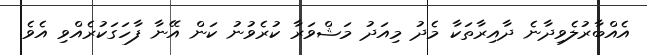
އެއްބާރުލެވިދާނެ ދާއިރާތަކާ މެދު މިއަދު މަޝްވަރާ ކުރެވުނު ކަން އޭނާ ފާހަގަކުރެއްވި އެވެ.